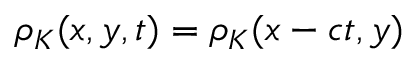
\rho _ { K } ( x , y , t ) = \rho _ { K } ( x - c t , y )